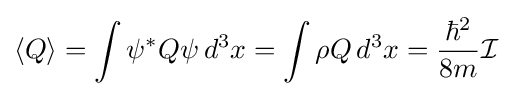
\langle Q\rangle =\int \psi ^{*}Q\psi \,d^{3}x=\int \rho Q\,d^{3}x={\frac {\hbar ^{2}}{8m}}{\mathcal {I}}